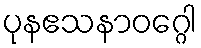
ပုနဧသနာဝဂ္ဂေါ